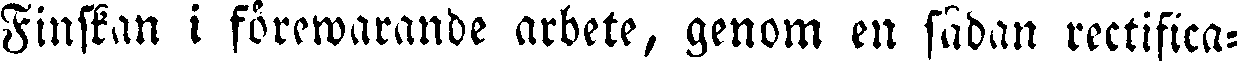
Finskan i förewarande arbete, genom en sådan rectifica-